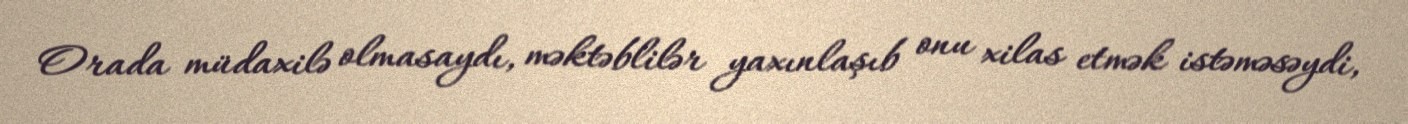
Orada müdaxilə olmasaydı, məktəblilər yaxınlaşıb onu xilas etmək istəməsəydi,